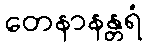
တေနာနန္တရံ